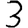
Digit: 3